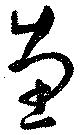
恵